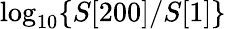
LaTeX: \log_{10}\{ S[200]/S[1]\}